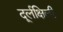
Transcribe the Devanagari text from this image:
दूर्लक्षिली